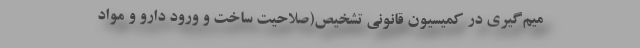
میم‌‌گیری در کمیسیون قانونی تشخیص(صلاحیت ساخت و ورود دارو و مواد